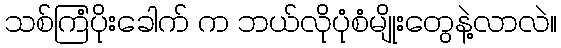
သစ်ကြံပိုးခေါက် က ဘယ်လိုပုံစံမျိုးတွေနဲ့လာလဲ။